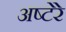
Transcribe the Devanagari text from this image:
अष्टेरे